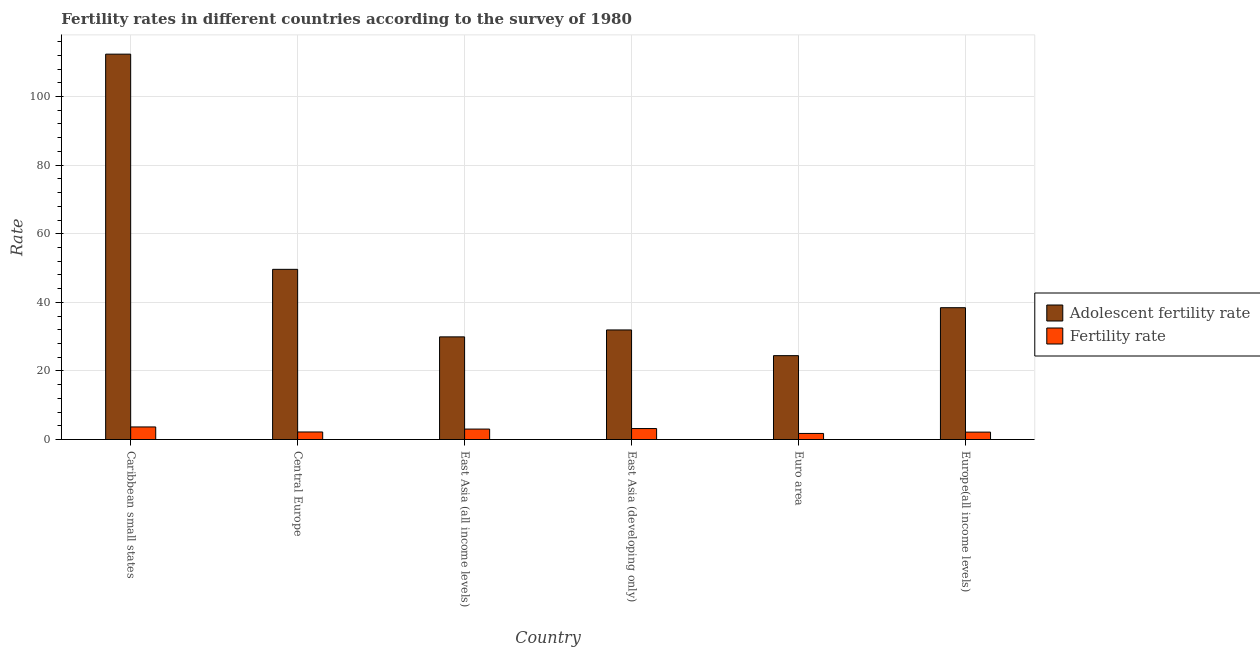
| Country | Adolescent fertility rate | Fertility rate |
 | --- | --- | --- |
 | Caribbean small states | 112 | 3.67 |
 | Central Europe | 49.6 | 2.2 |
 | East Asia (all income levels) | 29.9 | 3.05 |
 | East Asia (developing only) | 31.9 | 3.2 |
 | Euro area | 24.5 | 1.77 |
 | Europe(all income levels) | 38.4 | 2.16 |